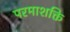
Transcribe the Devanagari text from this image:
परमाशक्ति